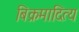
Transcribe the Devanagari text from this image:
बिक्रमादित्य